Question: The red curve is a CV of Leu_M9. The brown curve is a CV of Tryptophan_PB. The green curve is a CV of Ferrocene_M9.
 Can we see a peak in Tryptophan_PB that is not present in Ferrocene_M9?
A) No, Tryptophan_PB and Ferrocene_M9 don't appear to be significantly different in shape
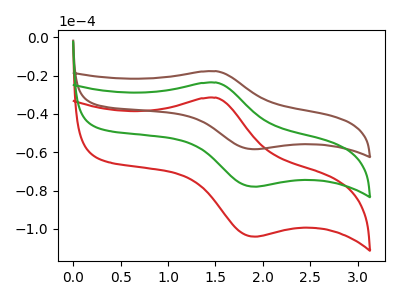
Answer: <think>The red curve "Leu_M9" has an anodic peak at (1.50V, -47.30uA) and a cathodic peak at (1.90V, -156.00uA). The brown curve "Tryptophan_PB" has an anodic peak at (1.50V, -17.75uA) and a cathodic peak at (1.90V, -58.45uA). The green curve "Ferrocene_M9" has an anodic peak at (1.50V, -23.65uA) and a cathodic peak at (1.90V, -78.00uA).
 All the peaks in "Tryptophan_PB" have a peak in "Ferrocene_M9" at the same potential.</think>
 <answer>A) No, "Tryptophan_PB" and "Ferrocene_M9" don't appear to be significantly different in shape</answer>
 <eval>A</eval>